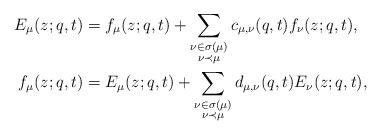
LaTeX: \begin{align*}E_{\mu}(z;q,t)&=f_{\mu}(z;q,t)+\sum_{\substack{\nu \in \sigma(\mu) \\ \nu \prec \mu}}c_{\mu,\nu}(q,t)f_{\nu}(z;q,t),\\f_{\mu}(z;q,t)&=E_{\mu}(z;q,t)+\sum_{\substack{\nu \in \sigma(\mu) \\ \nu \prec \mu}}d_{\mu,\nu}(q,t)E_{\nu}(z;q,t),\end{align*}